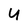
Character: U